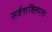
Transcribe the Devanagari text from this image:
सर्वशक्तिमत्ता